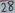
Text: 28